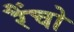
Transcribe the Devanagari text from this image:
रैंचो